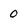
Character: 0